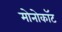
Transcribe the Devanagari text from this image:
मोनोकॉट